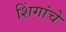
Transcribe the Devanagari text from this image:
शिंगांचे